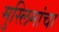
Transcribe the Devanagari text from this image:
मुस्लिमांचा